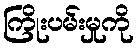
ကြိုးပမ်းမှုကို